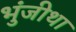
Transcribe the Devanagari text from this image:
भुंजीथा